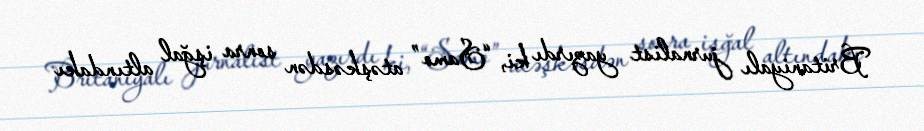
Britaniyalı jurnalist yazırdı ki, “Samo” atəşkəsdən sonra işğal altındakı